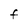
Character: F